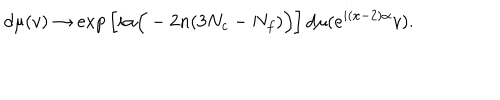
d \mu ( v ) \to \mathrm { e x p } \left[ i \alpha \Big ( - 2 n ( 3 N _ { c } - N _ { f } ) \Big ) \right] d \mu ( e ^ { i ( x - 2 ) \alpha } v ) .